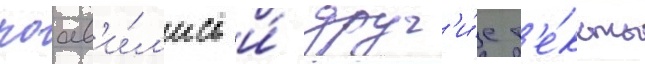
поав'и́л'ись и́ друг'и́е т'е́ксты